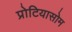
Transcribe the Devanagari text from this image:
प्रोटियासोम